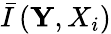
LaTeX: \bar{I}\left(\mathbf{Y},{X}_{i}\right)